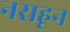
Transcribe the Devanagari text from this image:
नराहून